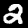
Label: 2